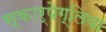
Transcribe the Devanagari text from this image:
स्कार्पेग्लिया